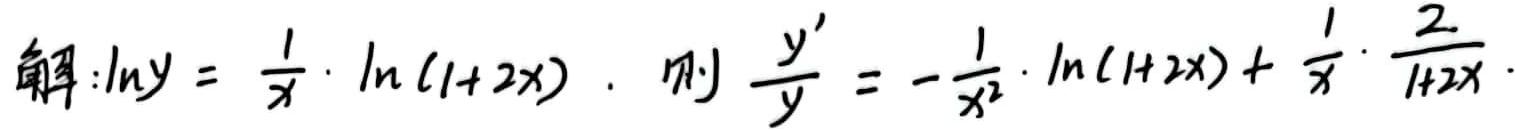
解：$\ln y = \frac{1}{x} \cdot \ln(1 + 2x)$，则$\frac{y'}{y} = -\frac{1}{x^2} \cdot \ln(1 + 2x) + \frac{1}{x} \cdot \frac{2}{1 + 2x}$